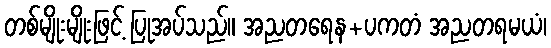
တစ်မျိုးမျိုးဖြင့် ပြုအပ်သည်။ အညတရေန+ပကတံ အညတရမယံ၊